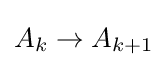
A_{k}\to A_{k+1}